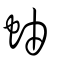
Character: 蚰